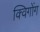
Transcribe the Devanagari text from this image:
क्विगोंग